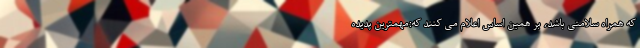
که همراه سلامتی باشد، بر همین اساس اعلام می کنند که:مهمترین پدیده